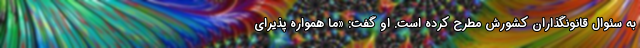
به سئوال قانونگذاران کشورش مطرح کرده است. او گفت: «ما همواره پذیرای